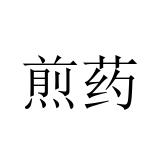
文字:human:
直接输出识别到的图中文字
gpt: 煎药